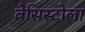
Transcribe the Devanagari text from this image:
बेसिस्टोला